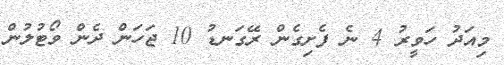
މިއަދު ހަވީރު 4 ނެ ފެށިގެން ރޭގަނޑު 10 ޖަހަން ދެން ވޯޓުލުން